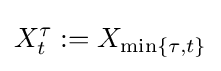
X_{t}^{\tau }:=X_{\min\{\tau ,t\}}